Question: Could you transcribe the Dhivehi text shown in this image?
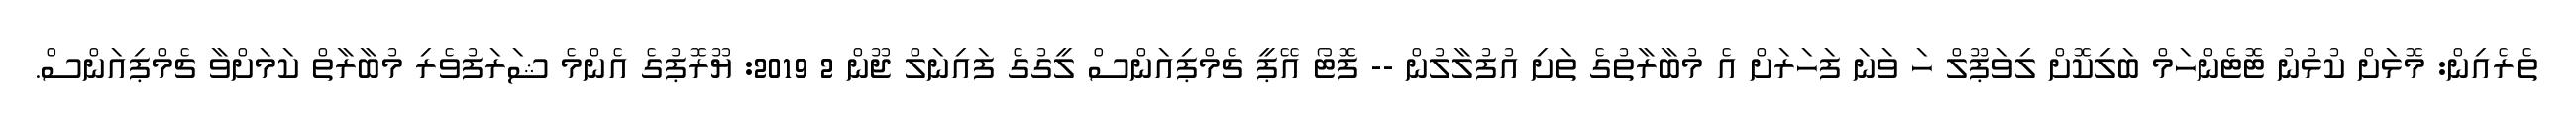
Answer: ތެރެއިން: މޮޅަށް ކުޅުނު ޓޮޓެންހަމް ބަލިކޮށް ލިވަޕޫލް ހަ ވަނަ ފަހަރަށް އެ މުބާރާތުގެ ތަށި އުފުލާލުން -- ފޮޓޯ އޭޕީ ޗެމްޕިއަންސް ލީގުގެ ފައިނަލް ޖޫން 2 2019: ޔޫރޮޕުގެ އެންމެ ޝަރަފުވެރި މުބާރާތް ކަމަށްވާ ޗެމްޕިއަންސް.